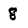
Character: 8